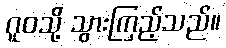
ဂူဝသို့ သွားကြည့်သည်။